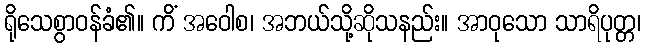
ရိုသေစွာဝန်ခံ၏။ ကိံ အဝေါစ၊ အဘယ်သို့ဆိုသနည်း။ အာဝုသော သာရိပုတ္တ၊